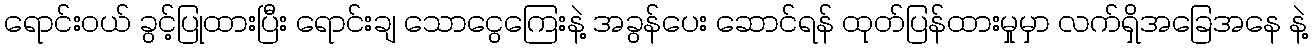
ရောင်းဝယ် ခွင့်ပြုထားပြီး ရောင်းချ သောငွေကြေးနဲ့ အခွန်ပေး ဆောင်ရန် ထုတ်ပြန်ထားမှုမှာ လက်ရှိအခြေအနေ နဲ့